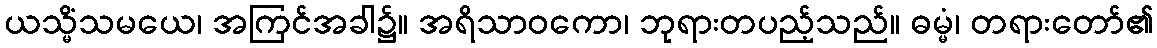
ယသ္မိံသမယေ၊ အကြင်အခါ၌။ အရိသာဝကော၊ ဘုရားတပည့်သည်။ ဓမ္မံ၊ တရားတော်၏